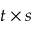
t \times s